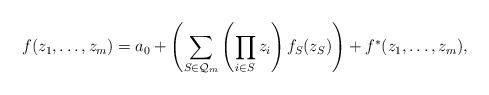
LaTeX: \begin{align*} f(z_1,\ldots,z_{m})=a_0+\left(\sum_{S\in\mathcal{Q}_m}\left(\prod_{i\in S}z_i\right)f_S(z_S)\right)+f^*(z_1,\ldots,z_{m}), \end{align*}